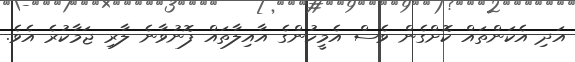
އަދި އެކަންތައް ކޮށްގެން ވެސް އެމީހުންގެ އާއިލާތައް ފޮނުވާނެ ލާރި ޖަމާކުރެ އެވެ.